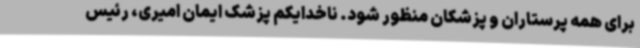
برای همه پرستاران و پزشکان منظور شود. ناخدایکم پزشک ایمان امیری، رئیس